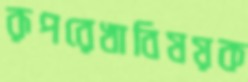
রূপরেখাবিষয়ক